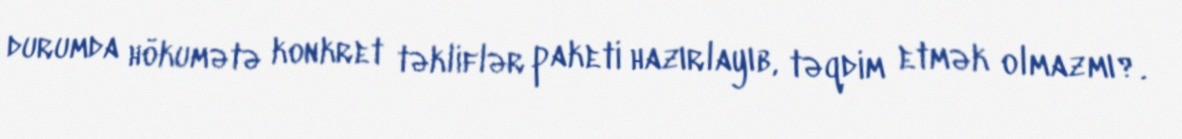
durumda hökumətə konkret təkliflər paketi hazırlayıb, təqdim etmək olmazmı?.